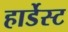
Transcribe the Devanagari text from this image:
हार्डेस्ट